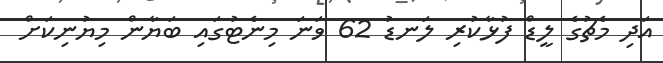
އަދި މެޗުގެ ލީޑް ފުޅާކުރި ލަނޑު 62 ވަނަ މިނެޓުގައި ބަޔާން މިޔުނިކަށް